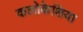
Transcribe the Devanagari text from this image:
कलोकेशिया